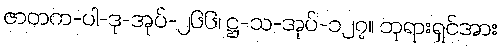
ဇာတက-ပါ-ဒု-အုပ်-၂၆၆၊ ဋ္ဌ-သ-အုပ်-၁၂၇။ ဘုရားရှင်အား